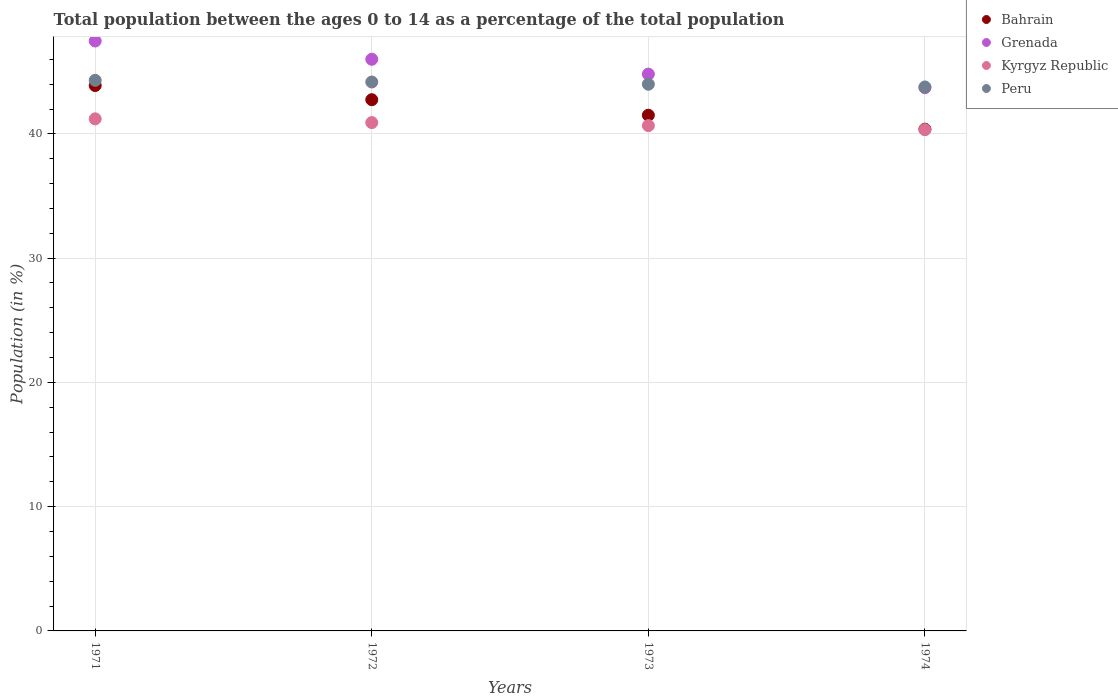
| Years | Bahrain | Grenada | Kyrgyz Republic | Peru |
 | --- | --- | --- | --- | --- |
 | 1971 | 43.9 | 47.5 | 41.2 | 44.3 |
 | 1972 | 42.8 | 46 | 40.9 | 44.2 |
 | 1973 | 41.5 | 44.8 | 40.7 | 44 |
 | 1974 | 40.4 | 43.7 | 40.3 | 43.8 |